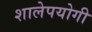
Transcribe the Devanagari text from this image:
शालेपयोगी